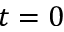
t = 0